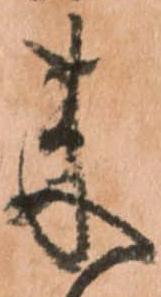
来